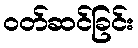
ဝတ်ဆင်ခြင်း